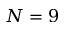
N = 9